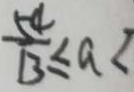
\frac { 5 4 } { 1 3 } \leq a <